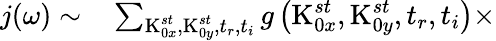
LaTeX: \begin{array}{rl}{\textit{j}(\omega)\sim}&{{}\sum_{\textrm{K}_{0x}^{st},\textrm{K}_{0y}^{st},t_{r},t_{i}}g\left(\textrm{K}_{0x}^{st},\textrm{K}_{0y}^{st},t_{r},t_{i}\right)\times}\end{array}